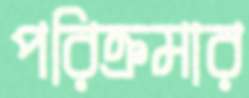
পরিক্রমার